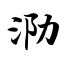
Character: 泐